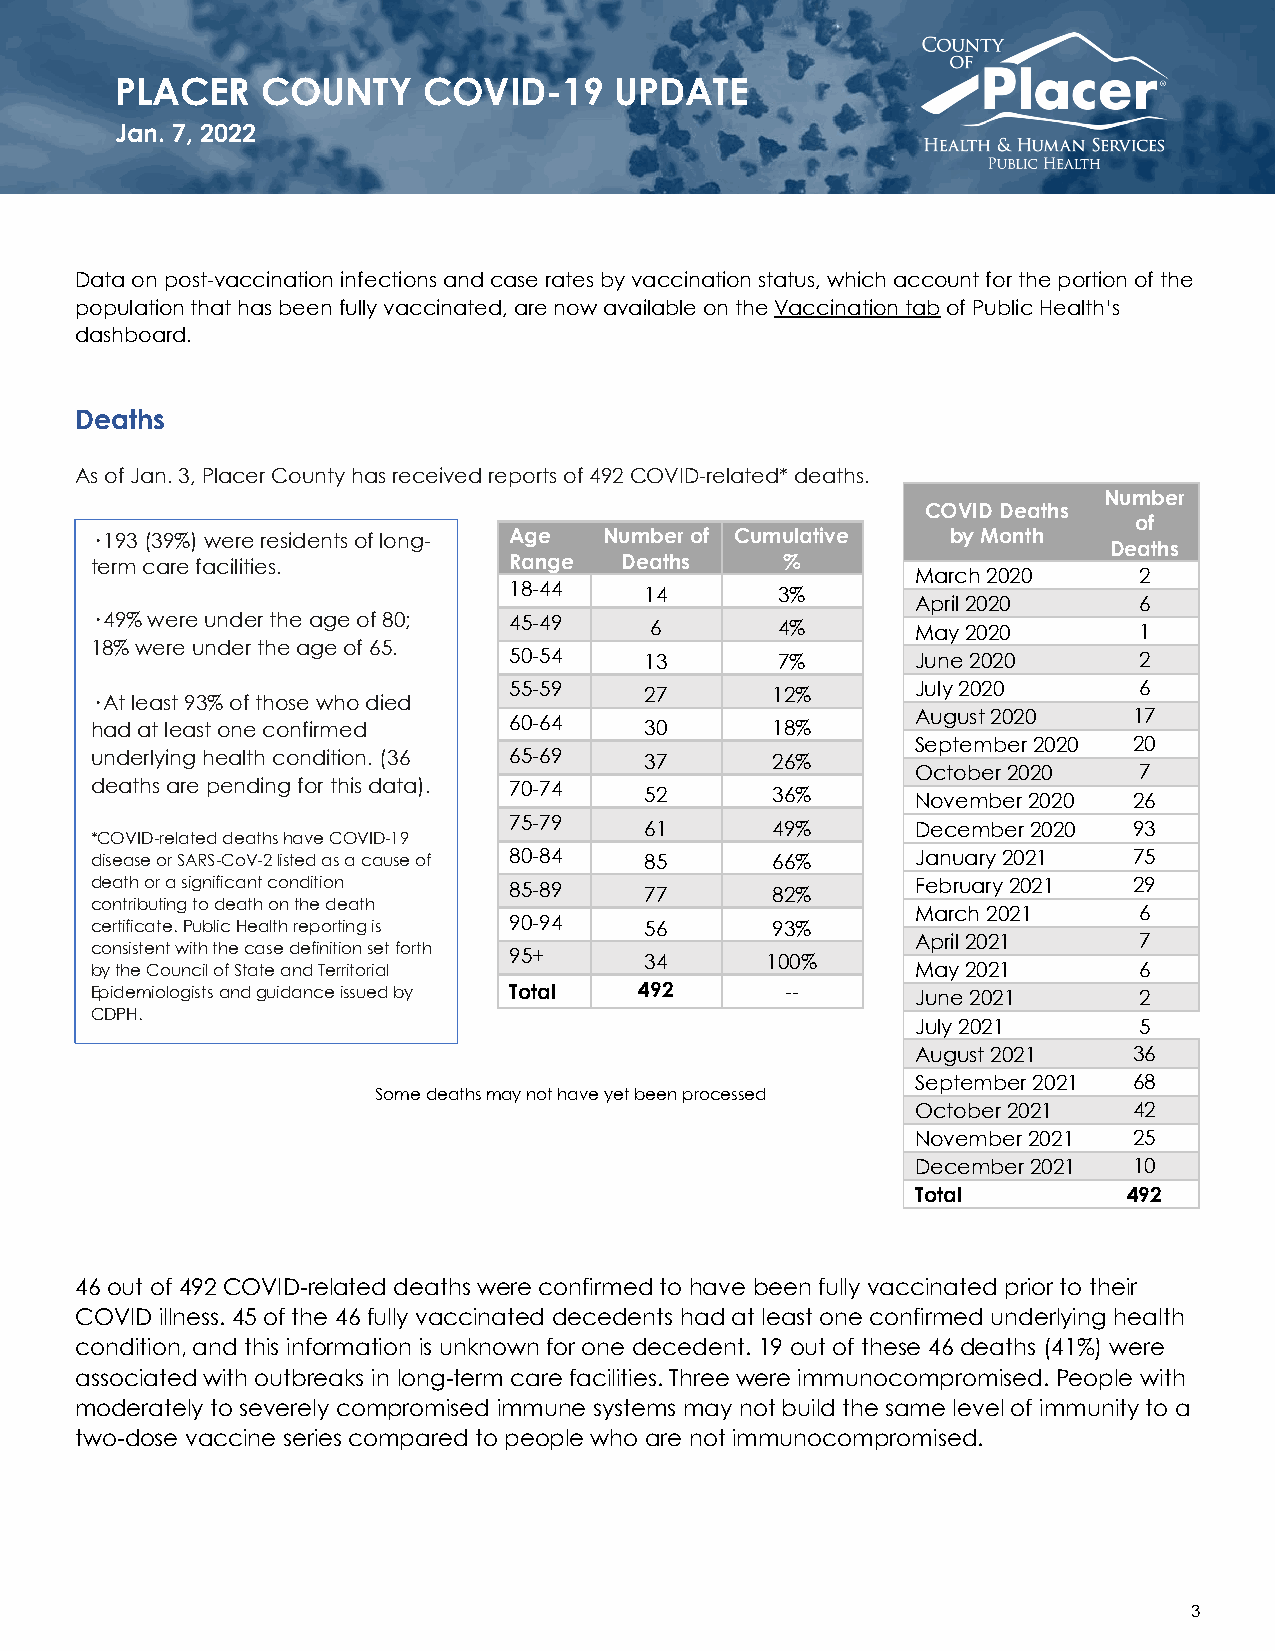
PLACER   COUNTY     COVID-19     UPDATE
 Jan. 7, 2022
 Data on post-vaccination infections and case rates by vaccination status, which account for the portion of the
 population that has been fully vaccinated, are now available on the Vaccination tab of Public Health’s
 dashboard.
 Deaths
 As of Jan. 3, Placer County has received reports of 492 COVID-related* deaths.
 Number
 COVID Deaths
 of
 · 193 (39%) were residents of long- Age Number of Cumulative by Month
 Deaths
 term care facilities.       Range  Deaths     %
 March 2020    2
 18-44    14       3%
 April 2020    6
 · 49% were under the age of 80; 45-49 6       4%       May 2020      1
 18% were under the age of 65.
 50-54    13       7%       June 2020     2
 55-59    27      12%       July 2020     6
 · At least 93% of those who died
 had at least one confirmed  60-64    30      18%       August 2020   17
 September 2020 20
 underlying health condition. (36 65-69 37    26%
 October 2020  7
 deaths are pending for this data). 70-74 52  36%       November 2020 26
 75-79    61      49%       December 2020 93
 *COVID-related deaths have COVID-19
 disease or SARS-CoV-2 listed as a cause of 80-84 85 66% January 2021 75
 death or a significant condition 85-89 77    82%       February 2021 29
 contributing to death on the death
 March 2021    6
 certificate. Public Health reporting is 90-94 56 93%
 April 2021    7
 consistent with the case definition set forth
 95+      34      100%
 by the Council of State and Territorial                May 2021      6
 Epidemiologists and guidance issued by Total 492 --    June 2021     2
 CDPH.
 July 2021     5
 August 2021   36
 September 2021 68
 Some deaths may not have yet been processed
 October 2021  42
 November 2021 25
 December 2021 10
 Total         492
 46 out of 492 COVID-related deaths were confirmed to have been fully vaccinated prior to their
 COVID illness. 45 of the 46 fully vaccinated decedents had at least one confirmed underlying health
 condition, and this information is unknown for one decedent. 19 out of these 46 deaths (41%) were
 associated with outbreaks in long-term care facilities. Three were immunocompromised. People with
 moderately to severely compromised immune systems may not build the same level of immunity to a
 two-dose vaccine series compared to people who are not immunocompromised.
 3